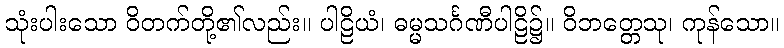
သုံးပါးသော ဝိတက်တို့၏လည်း။ ပါဠိယံ၊ ဓမ္မသင်္ဂဏီပါဠိ၌။ ဝိဘတ္တေသု၊ ကုန်သော။